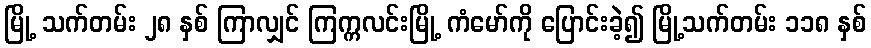
မြို့ သက်တမ်း ၂၈ နှစ် ကြာလျှင် ကြက္ကလင်းမြို့ ကံမော်ကို ပြောင်းခဲ့၍ မြို့သက်တမ်း ၁၁၈ နှစ်